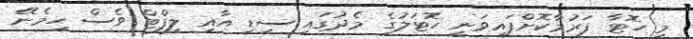
މި ހޮޓާ ފަރުމާކޮށްފައިވަނީ ހޮޓަލުގެ މެދުގައި ސިޑި އާއި ލިފްޓް ވެސް ހިމެނޭ